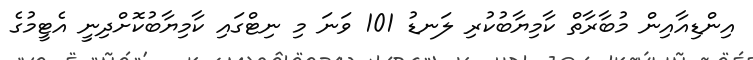
އިންޑިއާއިން މުބާރާތް ކާމިޔާބުކުރި ލަނޑު 101 ވަނަ މި ނިޓްގައި ކާމިޔާބުކޮށްދިނީ އެޓީމުގެ